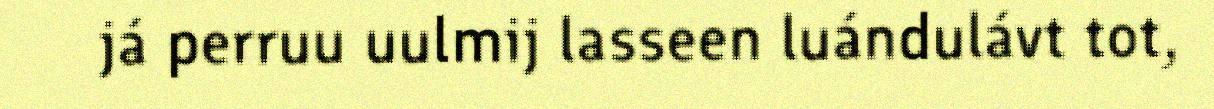
já perruu uulmij lasseen luándulávt tot,